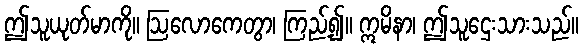
ဤသူယုတ်မာကို။ ဩလောကေတွာ၊ ကြည့်၍။ ဣမိနာ၊ ဤသူဌေးသားသည်။